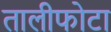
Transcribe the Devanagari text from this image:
तालीफोटा